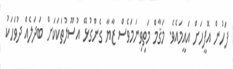
ފަހުން އޮފީހަށް އައީމައެވެ. މަޤާމް މަތިވިނަމަވެސް ޒާޔާ ގެންގުޅޭ އުސޫލުތަކަކަށް ބަދަލެއް ދުވަހަކު